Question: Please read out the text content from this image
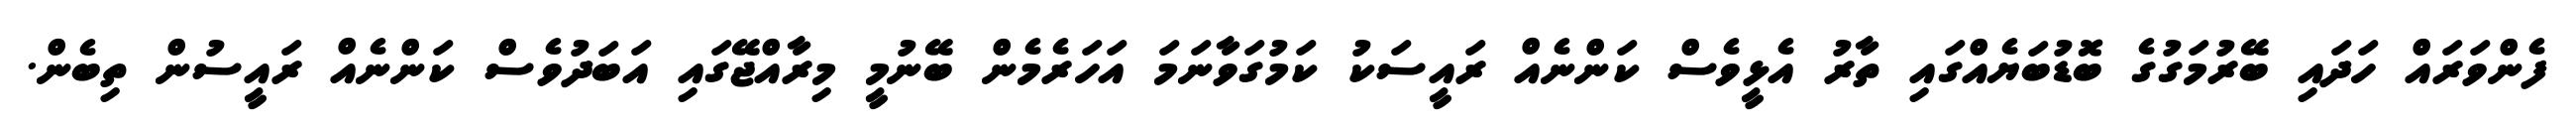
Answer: ފެންވަރައް ހަދައި ބޭރުމަގުގެ ބޮޑުބަޔެއްގައި ތާރު އެޅީވެސް ކަންނެއް ރައީސަކު ކަމުގަވާނަމަ އަހަރެމެން ބޭނުމީ މިރާއްޖޭގައި އަބަދުވެސް ކަންނެއް ރައީސުން ތިބެން.